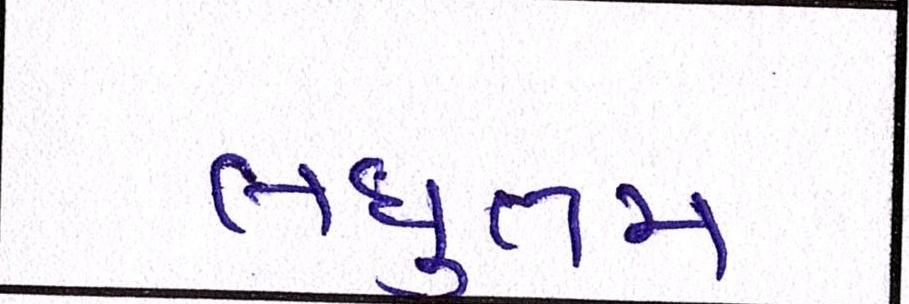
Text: લઘુત્તમ